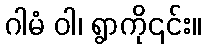
ဂါမံ ဝါ၊ ရွာကို၎င်း။